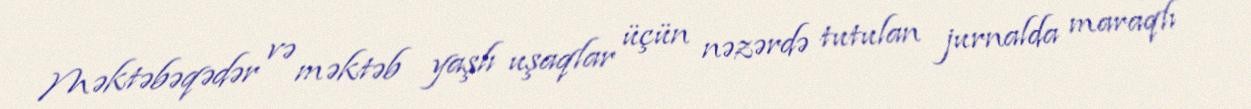
Məktəbəqədər və məktəb yaşlı uşaqlar üçün nəzərdə tutulan jurnalda maraqlı